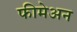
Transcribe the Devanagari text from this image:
फीमेअन